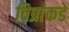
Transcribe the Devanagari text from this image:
विप्रांकडे